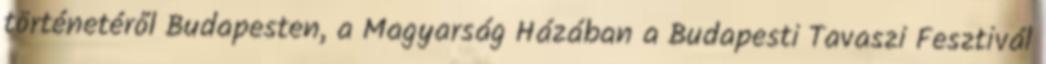
történetéről Budapesten, a Magyarság Házában a Budapesti Tavaszi Fesztivál